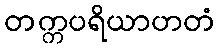
တက္ကပရိယာဟတံ